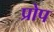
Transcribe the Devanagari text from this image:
प्रोप